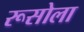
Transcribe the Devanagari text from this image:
रूसोला